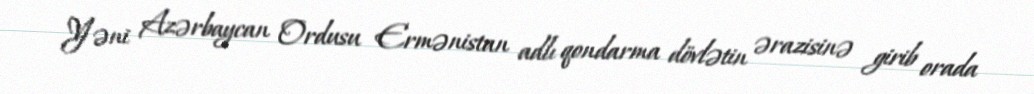
Yəni Azərbaycan Ordusu Ermənistan adlı qondarma dövlətin ərazisinə girib orada